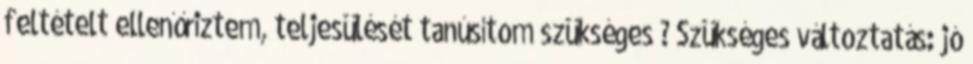
feltételt ellenőriztem, teljesülését tanúsítom szükséges ? Szükséges változtatás: jó